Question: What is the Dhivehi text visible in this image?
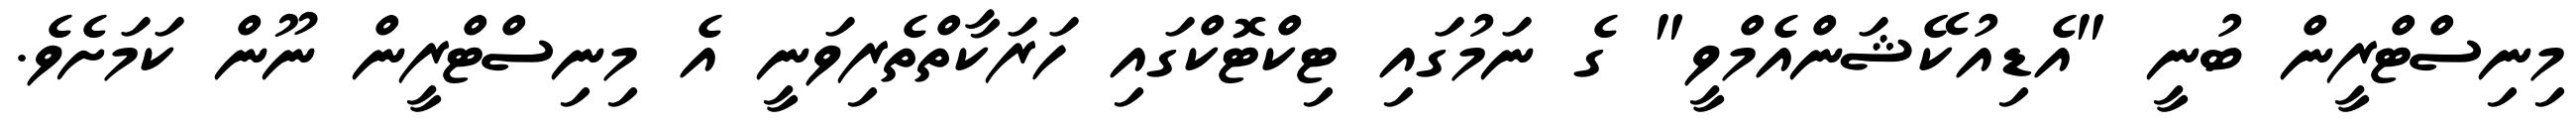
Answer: މިނިސްޓްރީން ބުނީ "އެޑިއުކޭޝަންއެމްވީ" ގެ ނަމުގައި ޓިކްޓޮކްގައި ހަރަކާތްތެރިވަނީ އެ މިނިސްޓްރީން ނޫން ކަމަށެވެ.